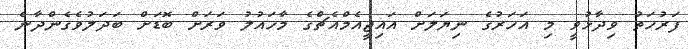
ފަރުހަތު ވިދާޅުވީ މި އަހަރުގެ ނިޔަލަށް އައިޖީއެމްއެޗްގެ މާހައުލު ވަރަށް ބޮޑަށް ބަދަލުވެގެންދާނެ